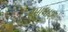
આધા૨